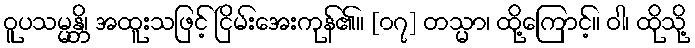
ဝူပသမ္မန္တိ၊ အထူးသဖြင့် ငြိမ်းအေးကုန်၏။ [၀၇] တသ္မာ၊ ထို့ကြောင့်။ ဝါ၊ ထိုသို့